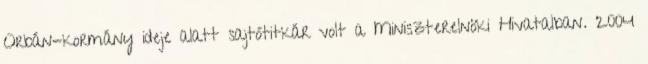
Orbán-kormány ideje alatt sajtótitkár volt a Miniszterelnöki Hivatalban. 2004